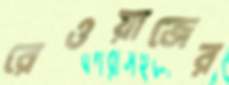
রেওয়াজের